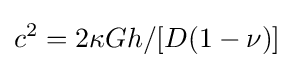
c^{2}=2\kappa Gh/[D(1-\nu )]